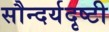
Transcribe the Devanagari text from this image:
सौन्दर्यदृष्टी